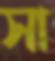
সা